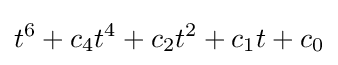
t^{6}+c_{4}t^{4}+c_{2}t^{2}+c_{1}t+c_{0}